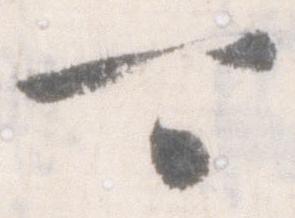
可